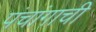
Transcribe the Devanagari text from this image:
पंचांगाची